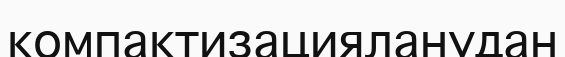
компактизацияланудан